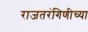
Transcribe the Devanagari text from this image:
राजतरंगिणीच्या